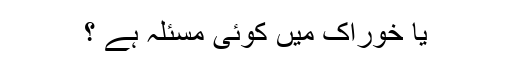
یا خوراک میں کوئی مسئلہ ہے ؟